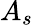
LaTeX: A_{s}